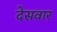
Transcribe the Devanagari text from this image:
देसवार